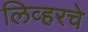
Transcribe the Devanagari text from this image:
लिव्हरचे